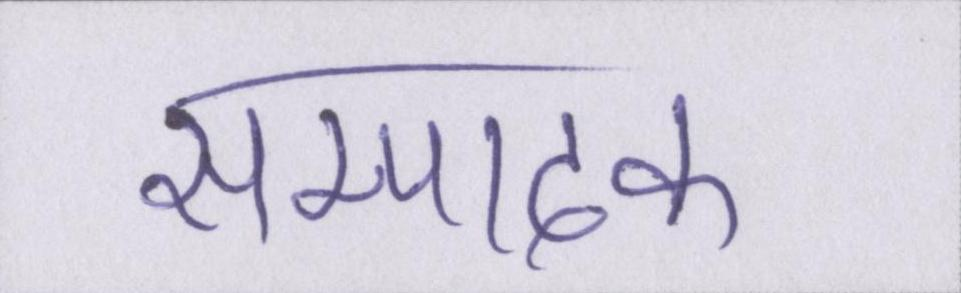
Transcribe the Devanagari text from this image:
सम्पादक